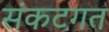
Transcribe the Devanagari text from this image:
संकटगत